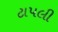
ટાપલી